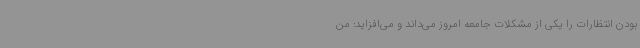
بودن انتظارات را یکی از مشکلات جامعه امروز می‌داند و می‌افزاید: من